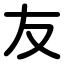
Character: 友